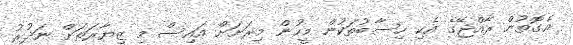
އެގޮތުން ރާއްޖޭގެ އެކި ހިސާބުތަކުން މީހުން މިރަށަށް އައިސް މި ޒިޔާރަތަށް ނަދުރު